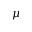
\mu